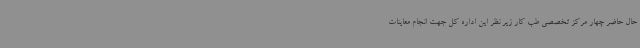
حال حاضر چهار مرکز تخصصی طب کار زیر نظر این اداره کل جهت انجام معاینات